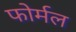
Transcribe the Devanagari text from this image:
फोर्मल